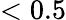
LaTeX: <0.5